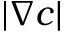
| \nabla c |